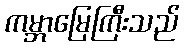
ကမ္ဘာမြေကြီးသည်